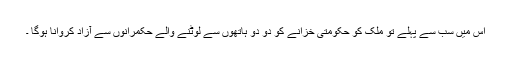
اس میں سب سے پہلے تو ملک کو حکومتی خزانے کو دو دو ہاتھوں سے لوٹنے والے حکمرانوں سے آزاد کروانا ہوگا ۔